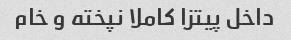
داخل پیتزا کاملا نپخته و خام